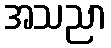
အသညာ